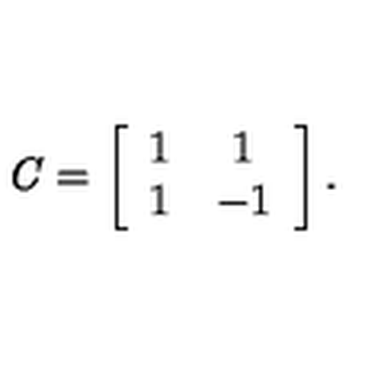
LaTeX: { \it C } = \left[ \begin{array} { c c c c c c c c } { 1 } & { 1 } \\ { 1 } & { - 1 } \\ \end{array} \right] .